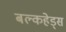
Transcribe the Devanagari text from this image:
बल्‍कहेड्स